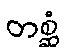
တစ္ဆံ